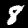
Digit: 8